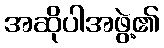
အဆိုပါအဖွဲ့၏